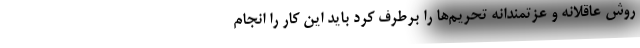
روش عاقلانه و عزتمندانه تحریم‌ها را برطرف کرد باید این کار را انجام